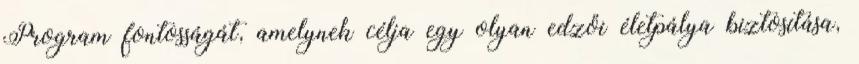
Program fontosságát, amelynek célja egy olyan edzői életpálya biztosítása,